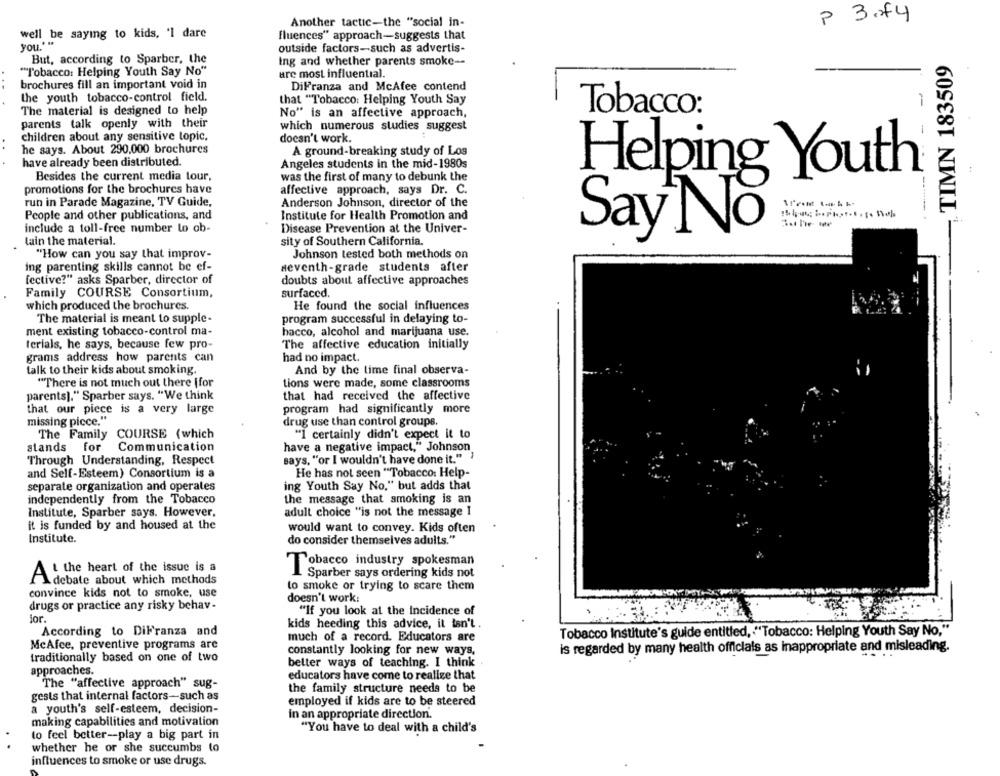
Another tactic-the "social in-
P 3.74
well be saying to kids, '1 dare
fluences" approach-suggests that
you.""
outside factors-such as advertis-
But, according to Sparber, the
ing and whether parents smoke --
.TIMN 183509
""Tobacco: Helping Youth Say No"
are most influential.
brochures fill an important void in
DiFranza and McAfee contend
the youth tobacco-control field.
that "Tobacco: Helping Youth Say
The material is designed to help
No" is an affective approach,
Tobacco:
parents talk openly with their
which numerous studies suggest
-
children about any sensitive topic.
doesn't work.
..
he says. About 290.000 brochures
A ground-breaking study of Los
have already been distributed.
Angeles students in the mid-1980s
Besides the current media tour,
was the first of many to debunk the
Helping Youth
promotions for the brochures have
affective approach, says Dr. C.
run in Parade Magazine, TV Guide,
Anderson Johnson, director of the
People and other publications, and
Institute for Health Promotion and
include a toll-free number Lo ob-
Disease Prevention at the Univer-
SayNo
lain the material.
sity of Southern California.
"How can you say that improv-
Johnson tested both methods on
ing parenting skills cannot be ef-
seventh-grade students after
fective?" asks Sparber, director of
doubts about affective approaches
Family COURSE Consortium,
surfaced.
which produced the brochures.
He found the social influences
The material is meant to supple-
program successful in delaying to-
.-
ment existing tobacco-control ma-
hacco, alcohol and marijuana use.
terials, he says, because few pro-
The affective education initially
grams address how parents can
had no impact.
talk to their kids about smoking.
And by the time final observa-
"There is not much out there |for
tions were made, some classrooms
parents]." Sparber says. "We think
that had received the affective
that our piece is a very large
program had significantly more
missing piece."
drug use than control groups.
The Family COURSE (which
"I certainly didn't expect it to
stands for Communication
have a negative impact," Johnson
says, "or I wouldn't have done it." }
Through Understanding, Respect
and Self-Esteem) Consortium is a
He has not seen "Tobacco: Help-
separate organization and operates
ing Youth Say No." but adds that
independently from the Tobacco
the message that smoking is an
Institute, Sparber says. However,
adult choice "is not the message I
it is funded by and housed at the
would want to convey. Kids often
Institute.
do consider themselves adults."
Tobacco industry spokesman
At the heart of the issue is a
Sparber says ordering kids not
debate about which methods
to smoke or trying to scare them
convince kids not to smoke, use
doesn't work:
drugs or practice any risky behav-
"If you look at the Incidence of
ior.
kids heeding this advice, it tan't .
According to DiFranza and
Tobacco Institute's guide entitled, . "Tobacco: Helping Youth Say No,"
McAfce, preventive programs are
much of a record. Educators are
constantly looking for new ways,
is regarded by many health officials as inappropriate and misleading.
traditionally based on one of two
belter ways of teaching. I think
approaches.
educators have come to realize that
The "affective approach" sug-
the family structure needs to be
gests that internal factors-such as
employed if kids are to be steered
a youth's self-esteem, decision-
In an appropriate direction.
making capabilities and motivation
"You have to deal with a child's
to feel better -- play a big part in
whether he or she succumbs to
influences to smoke or use drugs.